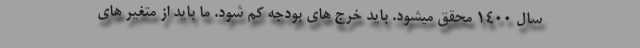
سال 1400 محقق میشود. باید خرج های بودجه کم شود. ما باید از متغیر های